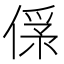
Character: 𠌀